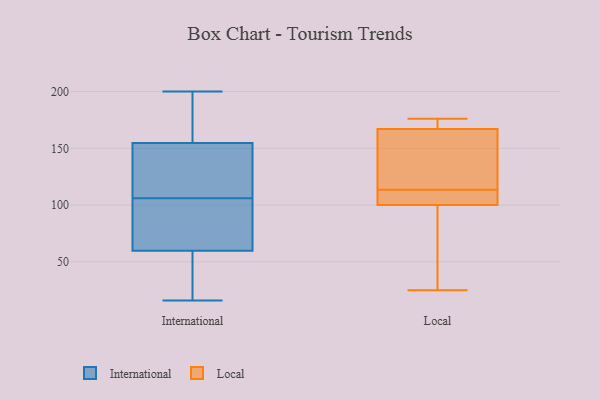
{"axis": {"x": "Budget (USD K)", "y": "Value"}, "legend": ["International", "Local"], "data": [{"x": "", "y": 64, "type": "International"}, {"x": "", "y": 125, "type": "International"}, {"x": "", "y": 59, "type": "International"}, {"x": "", "y": 178, "type": "International"}, {"x": "", "y": 60, "type": "International"}, {"x": "", "y": 184, "type": "International"}, {"x": "", "y": 69, "type": "International"}, {"x": "", "y": 200, "type": "International"}, {"x": "", "y": 106, "type": "International"}, {"x": "", "y": 147, "type": "International"}, {"x": "", "y": 32, "type": "International"}, {"x": "", "y": 16, "type": "International"}, {"x": "", "y": 143, "type": "International"}, {"x": "", "y": 41, "type": "International"}, {"x": "", "y": 147, "type": "International"}, {"x": "", "y": 72, "type": "International"}, {"x": "", "y": 188, "type": "International"}, {"x": "", "y": 113, "type": "Local"}, {"x": "", "y": 169, "type": "Local"}, {"x": "", "y": 45, "type": "Local"}, {"x": "", "y": 95, "type": "Local"}, {"x": "", "y": 107, "type": "Local"}, {"x": "", "y": 114, "type": "Local"}, {"x": "", "y": 29, "type": "Local"}, {"x": "", "y": 107, "type": "Local"}, {"x": "", "y": 172, "type": "Local"}, {"x": "", "y": 105, "type": "Local"}, {"x": "", "y": 121, "type": "Local"}, {"x": "", "y": 176, "type": "Local"}, {"x": "", "y": 165, "type": "Local"}, {"x": "", "y": 25, "type": "Local"}, {"x": "", "y": 175, "type": "Local"}, {"x": "", "y": 134, "type": "Local"}]}